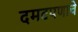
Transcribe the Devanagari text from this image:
दमटपणाचे